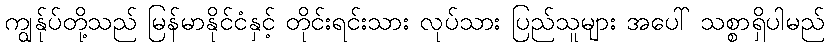
ကျွန်ုပ်တို့သည် မြန်မာနိုင်ငံနှင့် တိုင်းရင်းသား လုပ်သား ပြည်သူများ အပေါ် သစ္စာရှိပါမည်